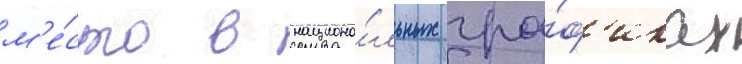
м'е́сто в национа́льных гра́ф'иках